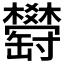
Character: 𦉤